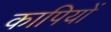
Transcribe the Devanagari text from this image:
कापियों